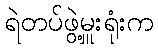
ရဲတပ်ဖွဲ့မှူးရုံးက